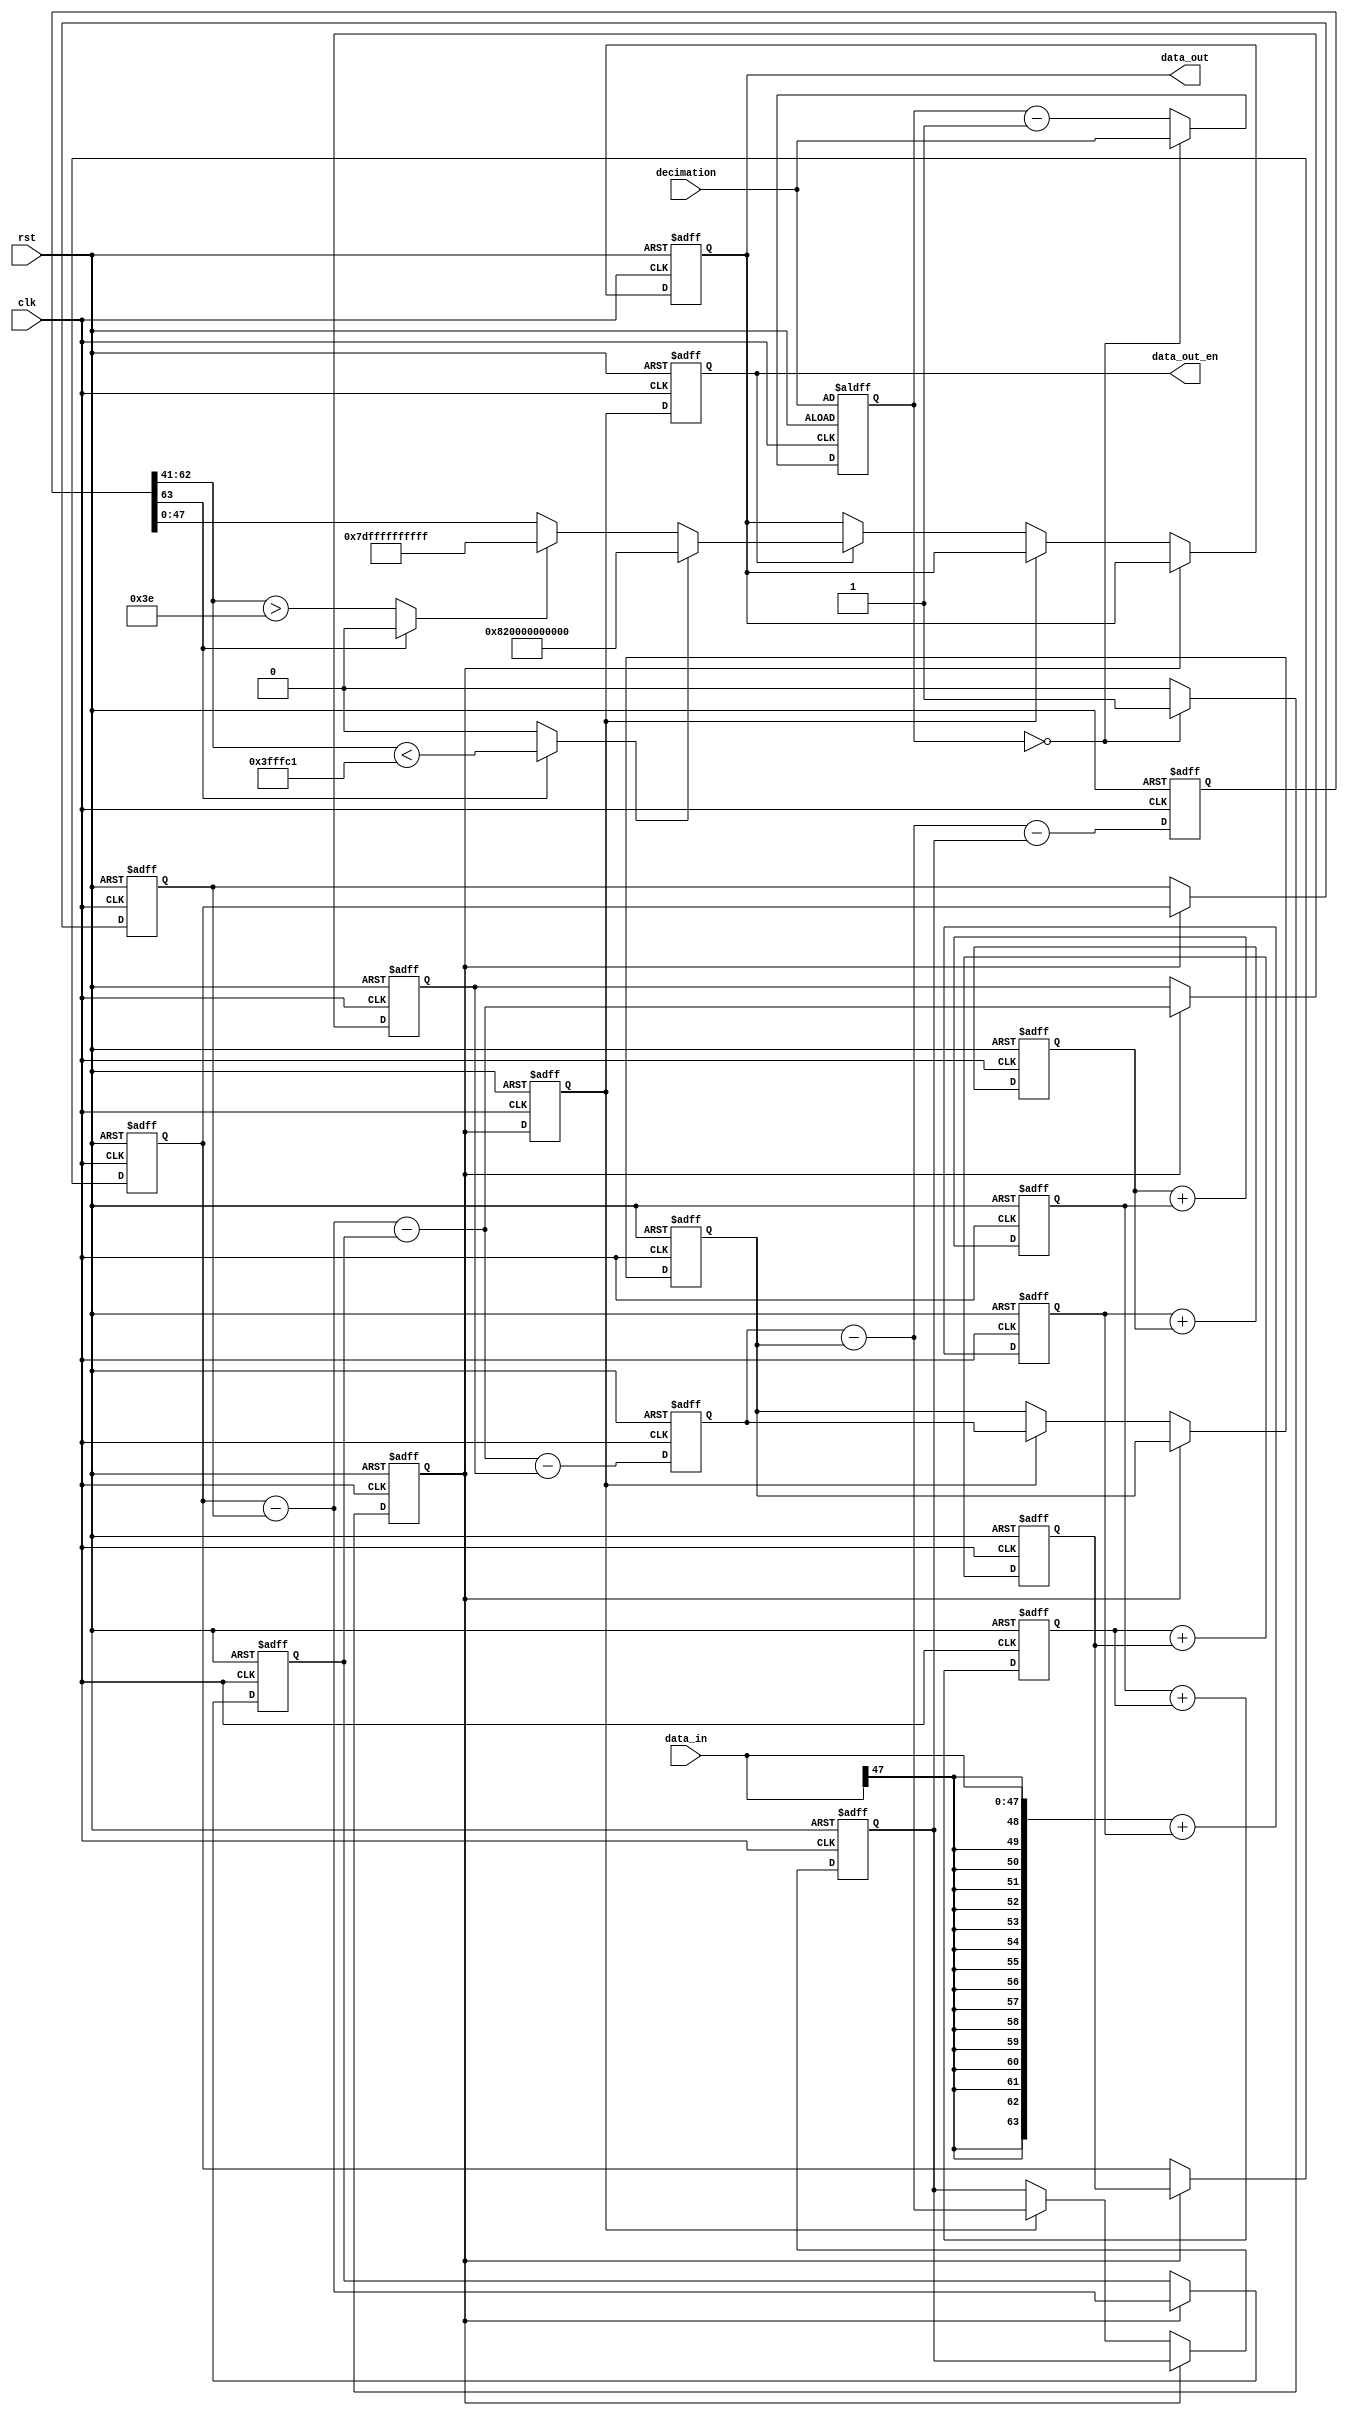
// cic filter with satuation and verilog formation
//
//

//&ModuleBeg ;
module cic_filt(
//This file was generated by verigen, please don't remove this comment line!
clk,
data_in,
decimation,
rst,
data_out,
data_out_en) ;

parameter CIC_N = 5 ;

//input definition list begin, please don't remove this comment line!
input        clk ;
input [47:0] data_in ;
input [7:0] decimation ;
input        rst ;
//end of input definition list, please don't remove this comment line!

//output definition list begin, please don't remove this comment line!
output [47:0] data_out ;
output        data_out_en ;
//end of output definition list, please don't remove this comment line!

//inout definition list begin, please don't remove this comment line!
//end of inout definition list, please don't remove this comment line!

// module registers definition
reg [47:0] data_out ;
reg [7:0] decimation_counter ;
reg [63:0] differentiator_0_regs ;
reg [63:0] differentiator_0_regs_z ;
reg [63:0] differentiator_1_regs_z ;
reg [63:0] differentiator_2_regs_z ;
reg [63:0] differentiator_3_regs_z ;
reg [63:0] differentiator_4_regs_z ;
reg        differentiator_en ;
reg        differentiator_en_1d ;
reg        differentiator_en_2d ;
reg [63:0] integrator_0_reg ;
reg [63:0] integrator_1_reg ;
reg [63:0] integrator_2_reg ;
reg [63:0] integrator_3_reg ;
reg [63:0] integrator_4_reg ;
reg [63:0] integrator_5_reg ;
reg [63:0] differentiator_2_substract_1d ;

// module wires definition
wire        data_out_en ;
wire [47:0] data_out_nxt ;
wire [63:0] differentiator_0_regs_v ;
wire [63:0] differentiator_0_substract ;
wire [63:0] differentiator_1_regs_v ;
wire [63:0] differentiator_1_substract ;
wire [63:0] differentiator_2_regs_v ;
wire [63:0] differentiator_2_substract ;
wire [63:0] differentiator_3_regs_v ;
wire [63:0] differentiator_3_substract ;
wire [63:0] differentiator_4_regs_v ;
reg   [63:0] differentiator_4_regs_v_1d ;
wire [63:0] differentiator_4_substract ;
wire [63:0] integrator_0_accumulate ;
wire [63:0] integrator_1_accumulate ;
wire [63:0] integrator_2_accumulate ;
wire [63:0] integrator_3_accumulate ;
wire [63:0] integrator_4_accumulate ;
wire [63:0] integrator_5_accumulate ;
wire        minus_satuation_enable ;
wire        plus_satuation_enable ;



//parameter CIC_N = 5 ;

assign integrator_0_accumulate[63:0] = {{16{data_in[47]}},data_in[47:0]} + integrator_0_reg[63:0] ;
assign integrator_1_accumulate[63:0] = integrator_0_reg[63:0] + integrator_1_reg[63:0] ;
assign integrator_2_accumulate[63:0] = integrator_1_reg[63:0] + integrator_2_reg[63:0] ;
assign integrator_3_accumulate[63:0] = integrator_2_reg[63:0] + integrator_3_reg[63:0] ;
assign integrator_4_accumulate[63:0] = integrator_3_reg[63:0] + integrator_4_reg[63:0] ;
assign integrator_5_accumulate[63:0] = integrator_4_reg[63:0] + integrator_5_reg[63:0] ;

// assign integrator_0_add[63:0] = (integrator_0_accumulate[48:63] == 2'b10) ?  48'h800000000000 : (integrator_0_accumulate[48:63] == 2'b01) ? 48'h7fffffffffff : integrator_0_accumulate[63:0] ;
// assign integrator_1_add[63:0] = (integrator_1_accumulate[48:63] == 2'b10) ?  48'h800000000000 : (integrator_1_accumulate[48:63] == 2'b01) ? 48'h7fffffffffff : integrator_1_accumulate[63:0] ;
// assign integrator_2_add[63:0] = (integrator_2_accumulate[48:63] == 2'b10) ?  48'h800000000000 : (integrator_2_accumulate[48:63] == 2'b01) ? 48'h7fffffffffff : integrator_2_accumulate[63:0] ;
// assign integrator_3_add[63:0] = (integrator_3_accumulate[48:63] == 2'b10) ?  48'h800000000000 : (integrator_3_accumulate[48:63] == 2'b01) ? 48'h7fffffffffff : integrator_3_accumulate[63:0] ;
// assign integrator_4_add[63:0] = (integrator_4_accumulate[48:63] == 2'b10) ?  48'h800000000000 : (integrator_4_accumulate[48:63] == 2'b01) ? 48'h7fffffffffff : integrator_4_accumulate[63:0] ;
// assign integrator_5_add[63:0] = (integrator_5_accumulate[48:63] == 2'b10) ?  48'h800000000000 : (integrator_5_accumulate[48:63] == 2'b01) ? 48'h7fffffffffff : integrator_5_accumulate[63:0] ;

// assign integrator_0_add[63:0] = integrator_0_accumulate[63:0] ;
// assign integrator_1_add[63:0] = integrator_1_accumulate[63:0] ;
// assign integrator_2_add[63:0] = integrator_2_accumulate[63:0] ;
// assign integrator_3_add[63:0] = integrator_3_accumulate[63:0] ;
// assign integrator_4_add[63:0] = integrator_4_accumulate[63:0] ;
// assign integrator_5_add[63:0] = integrator_5_accumulate[63:0] ;


always @ (posedge clk or posedge rst) begin
  if(rst) begin
    integrator_0_reg[63:0] <= 64'd0 ;
    integrator_1_reg[63:0] <= 64'd0 ;
    integrator_2_reg[63:0] <= 64'd0 ;
    integrator_3_reg[63:0] <= 64'd0 ;
    integrator_4_reg[63:0] <= 64'd0 ;
    integrator_5_reg[63:0] <= 64'd0 ;
  end
  else begin
    integrator_0_reg[63:0] <= integrator_0_accumulate[63:0] ;
    integrator_1_reg[63:0] <= integrator_1_accumulate[63:0] ;
    integrator_2_reg[63:0] <= integrator_2_accumulate[63:0] ;
    integrator_3_reg[63:0] <= integrator_3_accumulate[63:0] ;
    integrator_4_reg[63:0] <= integrator_4_accumulate[63:0] ;
    integrator_5_reg[63:0] <= integrator_5_accumulate[63:0] ;
  end
end
//&SequEnd ;
//`define CLK160MHZ

// decimation
always @ (posedge clk or posedge rst)
begin
  if(rst) begin
`ifdef CLK160MHZ
    decimation_counter[7:0] <= {decimation[6:0],1'b1} ;
`else    
    decimation_counter[7:0] <= decimation[7:0] ;
`endif
    differentiator_en       <= 1'b0 ;
  end
  else if(decimation_counter[7:0] == 8'd0) begin
    differentiator_en <= 1'b1 ;
`ifdef CLK160MHZ
    decimation_counter[7:0] <= {decimation[6:0],1'b1} ;
`else    
    decimation_counter[7:0] <= decimation[7:0] ;
`endif
  end
  else begin
    decimation_counter[7:0] <= decimation_counter[7:0] - 1'b1 ;
    differentiator_en <= 1'b0 ;
  end
end
//&SequEnd ;


assign differentiator_0_substract[63:0] = differentiator_0_regs[63:0]   - differentiator_0_regs_z[63:0] ;
assign differentiator_1_substract[63:0] = differentiator_0_regs_v[63:0] - differentiator_1_regs_z[63:0] ;
assign differentiator_2_substract[63:0] = differentiator_1_regs_v[63:0] - differentiator_2_regs_z[63:0] ;
assign differentiator_3_substract[63:0] = differentiator_2_regs_v[63:0] - differentiator_3_regs_z[63:0] ;
assign differentiator_4_substract[63:0] = differentiator_3_regs_v[63:0] - differentiator_4_regs_z[63:0] ;

assign differentiator_0_regs_v[63:0] = differentiator_0_substract[63:0] ;
assign differentiator_1_regs_v[63:0] = differentiator_1_substract[63:0] ;

assign differentiator_2_regs_v[63:0] = differentiator_2_substract_1d[63:0] ;
assign differentiator_3_regs_v[63:0] = differentiator_3_substract[63:0] ;
assign differentiator_4_regs_v[63:0] = differentiator_4_substract[63:0] ;

// differentiator
always @ (posedge clk or posedge rst)
begin
  if(rst) begin
    differentiator_0_regs[63:0]   <= 64'd0 ;
//   differentiator_1_regs[63:0]   <= 48'd0 ;
//   differentiator_2_regs[63:0]   <= 48'd0 ;
    differentiator_2_substract_1d[63:0]   <= 64'd0 ;

    differentiator_0_regs_z[63:0] <= 64'd0 ;
    differentiator_1_regs_z[63:0] <= 64'd0 ;
    differentiator_2_regs_z[63:0] <= 64'd0 ;
    differentiator_3_regs_z[63:0] <= 64'd0 ;
    differentiator_4_regs_z[63:0] <= 64'd0 ;
    differentiator_4_regs_v_1d[63:0] <= 64'd0 ;
    data_out[47:0] <= 48'd0 ;
  end
  else begin
    differentiator_2_substract_1d[63:0] <= differentiator_2_substract[63:0] ;
    differentiator_4_regs_v_1d[63:0] <= differentiator_4_regs_v[63:0] ;
    if(differentiator_en) begin
      differentiator_0_regs[63:0] <= integrator_4_reg[63:0] ;

      differentiator_0_regs_z[63:0] <= differentiator_0_regs[63:0] ;

      differentiator_1_regs_z[63:0] <= differentiator_0_regs_v[63:0] ;

      differentiator_2_regs_z[63:0] <= differentiator_1_regs_v[63:0] ;
    end
    else if(differentiator_en_1d) begin
      differentiator_3_regs_z[63:0] <= differentiator_2_regs_v[63:0] ;
      differentiator_4_regs_z[63:0] <= differentiator_3_regs_v[63:0] ;
    end
    else if(differentiator_en_2d) begin
      data_out[47:0] <= data_out_nxt[47:0] ;
    end
  end
end
//&SequEnd ;
//

always @ (posedge clk or posedge rst)
begin
  if(rst) begin
    differentiator_en_1d <= 1'b0 ;
    differentiator_en_2d <= 1'b0 ;
  end
  else begin
    differentiator_en_1d <= differentiator_en ;
    differentiator_en_2d <= differentiator_en_1d ;
  end
end

assign data_out_en = differentiator_en_2d ;

assign minus_satuation_enable = differentiator_4_regs_v_1d[63] ? (differentiator_4_regs_v_1d[62:41] < 22'h3fffc1) : 1'b0 ;
assign plus_satuation_enable  = differentiator_4_regs_v_1d[63] ? 1'b0 : (differentiator_4_regs_v_1d[62:41] > 22'h00003e) ;

//assign differentiator_4_regs_v_mi[47:0] = (differentiator_4_regs_v_1d[63:47] == 17'h1ffff) ? differentiator_4_regs_v_1d[47:0] : 48'h800000000000 ;
//assign differentiator_4_regs_v_pl[47:0] = (differentiator_4_regs_v[63:47] == 17'h00000) ? differentiator_4_regs_v_1d[47:0] : 48'h7fffffffffff ;

//assign data_out_nxt[47:0] = differentiator_4_regs_v_1d[63] ? differentiator_4_regs_v_mi[47:0] : differentiator_4_regs_v_pl[47:0] ;
assign data_out_nxt[47:0] = minus_satuation_enable ? 48'h820000000000 : plus_satuation_enable ? 48'h7dffffffffff : differentiator_4_regs_v_1d[47:0] ;


//&ModuleEnd ;

endmodule